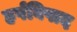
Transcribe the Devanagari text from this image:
हर्षविषाद